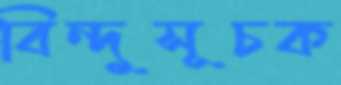
বিন্দুসূচক